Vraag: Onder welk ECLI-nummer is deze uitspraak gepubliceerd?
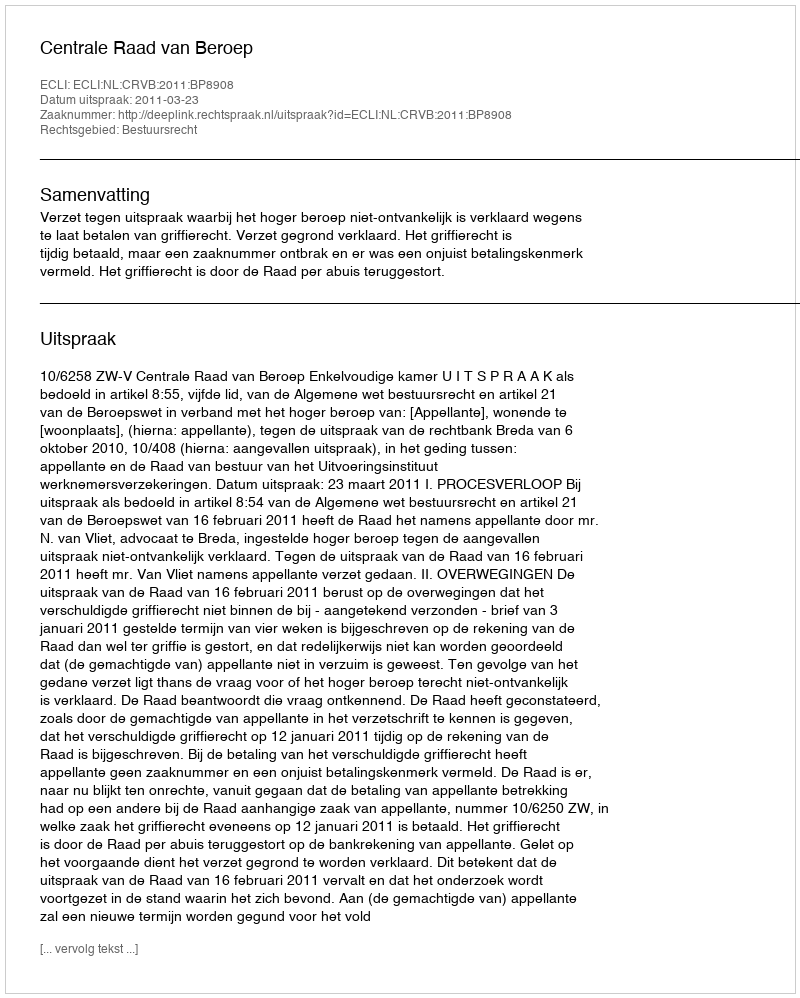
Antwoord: ECLI:NL:CRVB:2011:BP8908